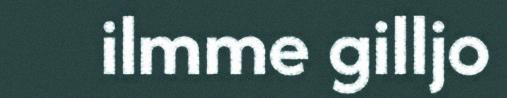
ilmme gilljo